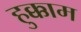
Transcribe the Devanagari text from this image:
हुक्काम